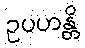
ဥပဟန္တိ